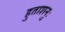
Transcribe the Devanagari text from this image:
हुताशनुः